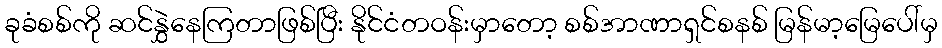
ခုခံစစ်ကို ဆင်နွှဲနေကြတာဖြစ်ပြီး နိုင်ငံတဝန်းမှာတော့ စစ်အာဏာရှင်စနစ် မြန်မာ့မြေပေါ်မှ